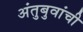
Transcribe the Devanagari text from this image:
अंतुबुवांची